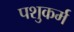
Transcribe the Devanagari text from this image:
पशुकर्म